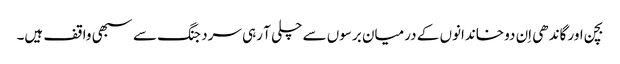
بچن اور گاندھی اِن دو خاندانوں کے درمیان برسوں سے چلی آ رہی سرد جنگ سے سبھی واقف ہیں۔